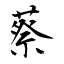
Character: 蔡